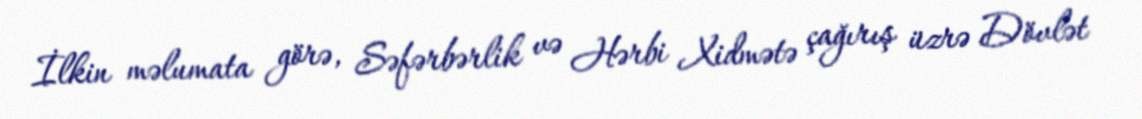
İlkin məlumata görə, Səfərbərlik və Hərbi Xidmətə çağırış üzrə Dövlət